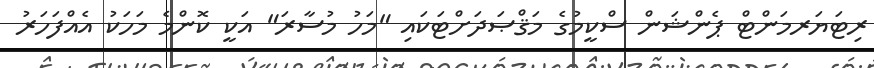
ރިޓަޔަރމަންޓް ޕެންޝަން ސްކީމުގެ މަޤްޞަދަށްޓަކައި "މަހު މުސާރަ" އަކީ ކޮންމެ މަހަކު އެއްފަހަރު